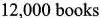
12,000 books